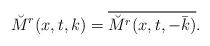
LaTeX: \begin{align*} \breve{M}^{r}(x,t,k)=\overline{\breve{M}^{r}(x,t,-\bar{k})}.\end{align*}